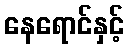
နေရောင်နှင့်